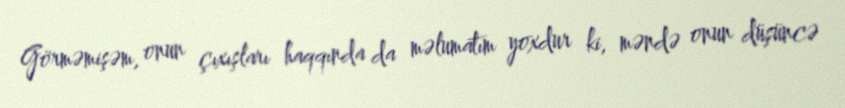
Görməmişəm, onun çıxışları haqqında da məlumatım yoxdur ki, məndə onun düşüncə